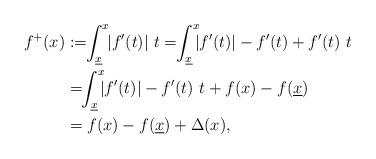
LaTeX: \begin{align*}f^+(x) & := \!\! \int_{\underline{x}}^x \!\!| f'(t) | \,\,t = \!\! \int_{\underline{x}}^x\!\!\! | f'(t)| - f'(t) + f'(t)\,\,t \\& = \!\!\int_{\underline{x}}^x \!\!\!|f'(t)| - f'(t) \,\,t + f(x) - f(\underline{x}) \\&= f(x) - f(\underline{x}) + \Delta(x),\end{align*}